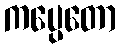
ကပ္ပေတော